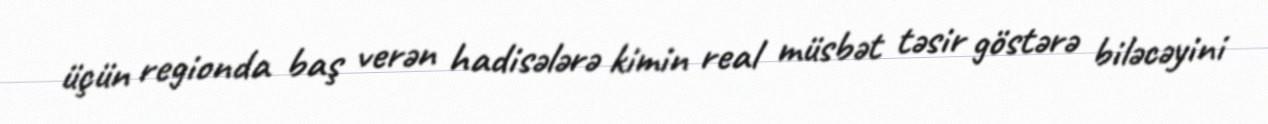
üçün regionda baş verən hadisələrə kimin real müsbət təsir göstərə biləcəyini